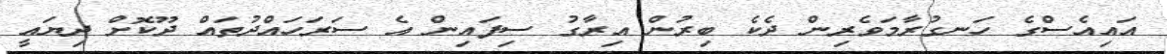
އައިއެސްގެ ހަނގުރާމަވެރިން ދެކެ ބިރުން އިރާގު ސިފައިން އެ ސަރަހައްދުތައް ދޫކޮށް ދިޔައީ